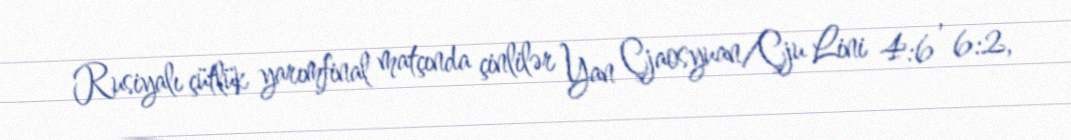
Rusiyalı çütlük yarımfinal matçında çinlilər Yan Çjaosyuan/Çju Lini 4:6 , 6:2,